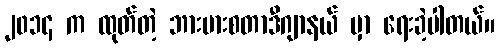
၂၀၁၄ က ထုတ်တဲ့ ဘားမားစတာဒီဂျာနယ် မှာ ရေးခဲ့ပါတယ်။